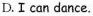
D.Ⅰ can dance.